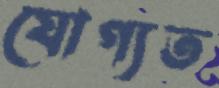
যোগ্যত